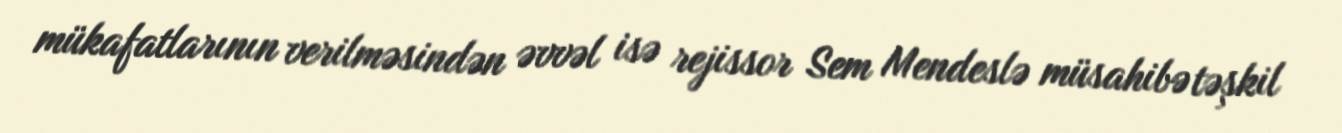
mükafatlarının verilməsindən əvvəl isə rejissor Sem Mendeslə müsahibə təşkil